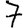
Digit: 7